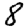
Digit: 8